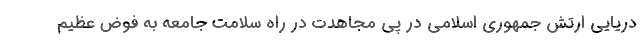
دریایی ارتش جمهوری اسلامی در پی مجاهدت در راه سلامت جامعه به فوض عظیم